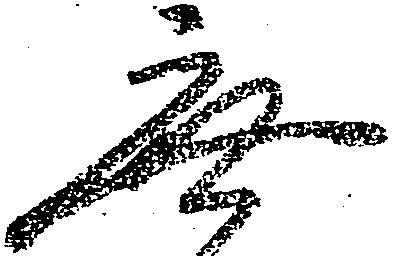
無